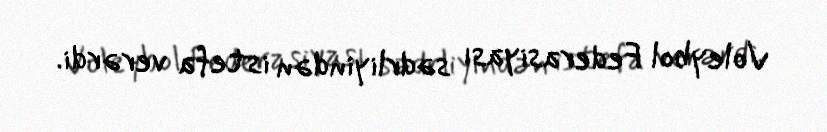
Voleybol Federasiyası sədrliyindən istefa verərdi.